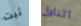
ثبت اتناول